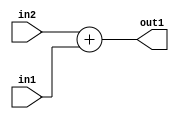
`timescale 1ps / 1ps
/*****************************************************************************
    Verilog RTL Description
    
    
    Created by: Stratus DpOpt 2019.1.01 
*******************************************************************************/

module st_weight_addr_gen_Add_32Ux32U_32U_4_3 (
	in2,
	in1,
	out1
	); /* architecture "behavioural" */ 
input [31:0] in2,
	in1;
output [31:0] out1;
wire [31:0] asc001;

assign asc001 = 
	+(in2)
	+(in1);

assign out1 = asc001;
endmodule

/* CADENCE  ubD2Sgw= : u9/ySgnWtBlWxVPRXgAZ4Og= ** DO NOT EDIT THIS LINE ******/